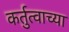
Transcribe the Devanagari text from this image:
कर्तुत्वाच्या